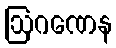
ဩဂဏေန